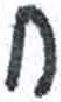
אות: ח